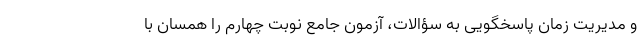
و مدیریت زمان پاسخگویی به سؤالات، آزمون جامع نوبت چهارم را همسان با